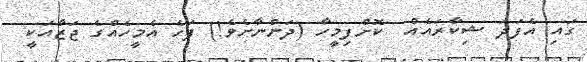
ގައި އެފަދަ ޝިކާރައެއް  ކޮށްފިމީހާ (ދަންނާށެވެ!) ފަހެ އެމީހެއްގެ ޖަޒާއަކީ